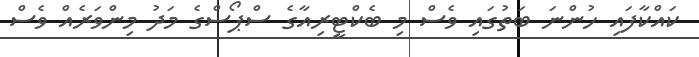
ކައްކާފައި ހުންނަ ބަތުގައި ވެސް މި ބެކްޓީރިއާގެ ސްޕޯސްގެ މަދު މިންވަރެއް ވެސް